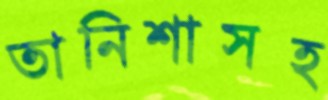
তানিশাসহ